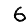
Digit: 6